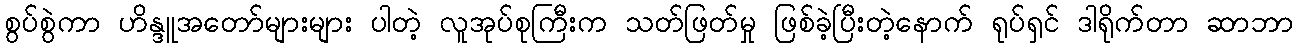
စွပ်စွဲကာ ဟိန္ဒူအတော်များများ ပါတဲ့ လူအုပ်စုကြီးက သတ်ဖြတ်မှု ဖြစ်ခဲ့ပြီးတဲ့နောက် ရုပ်ရှင် ဒါရိုက်တာ ဆာဘာ